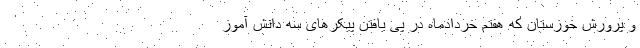
و پرورش خوزستان که هفتم خردادماه در پی یافتن پیکرهای سه دانش آموز